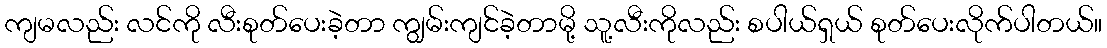
ကျမလည်း လင်ကို လီးစုတ်ပေးခဲ့တာ ကျွမ်းကျင်ခဲ့တာမို့ သူ့လီးကိုလည်း စပါယ်ရှယ် စုတ်ပေးလိုက်ပါတယ်။